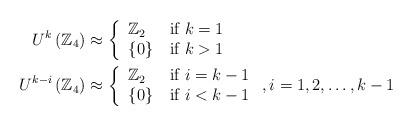
LaTeX: \begin{align*}U^{k}\left( \mathbb{Z}_{4}\right) & \approx\left\{\begin{tabular}[c]{ll}$\mathbb{Z}_{2}$ & if $k=1$\\$\left\{ 0\right\} $ & if $k>1$\end{tabular}\right. \\U^{k-i}\left( \mathbb{Z}_{4}\right) & \approx\left\{\begin{tabular}[c]{ll}$\mathbb{Z}_{2}$ & if $i=k-1$\\$\left\{ 0\right\} $ & if $i<k-1$\end{tabular}\right. ,i=1,2,\ldots,k-1\end{align*}